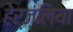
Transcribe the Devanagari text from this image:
हेर्ज़लिया